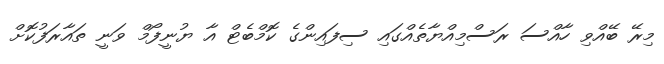
މިރޭ ބޭއްވި ހާއްސަ ރަސްމިއްޔާތެއްގައި ސިފައިންގެ ކޮމްބެޓް އާ ޔުނީފޯމް ވަނީ ތައާރަފުކޮށް